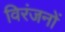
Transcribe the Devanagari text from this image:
विरंजनों